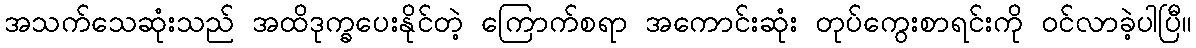
အသက်သေဆုံးသည် အထိဒုက္ခပေးနိုင်တဲ့ ကြောက်စရာ အကောင်းဆုံး တုပ်ကွေးစာရင်းကို ဝင်လာခဲ့ပါပြီ။